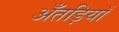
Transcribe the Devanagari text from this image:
अँतड़ियाँ